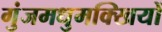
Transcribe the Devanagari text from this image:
गुंजमधुमक्खियों